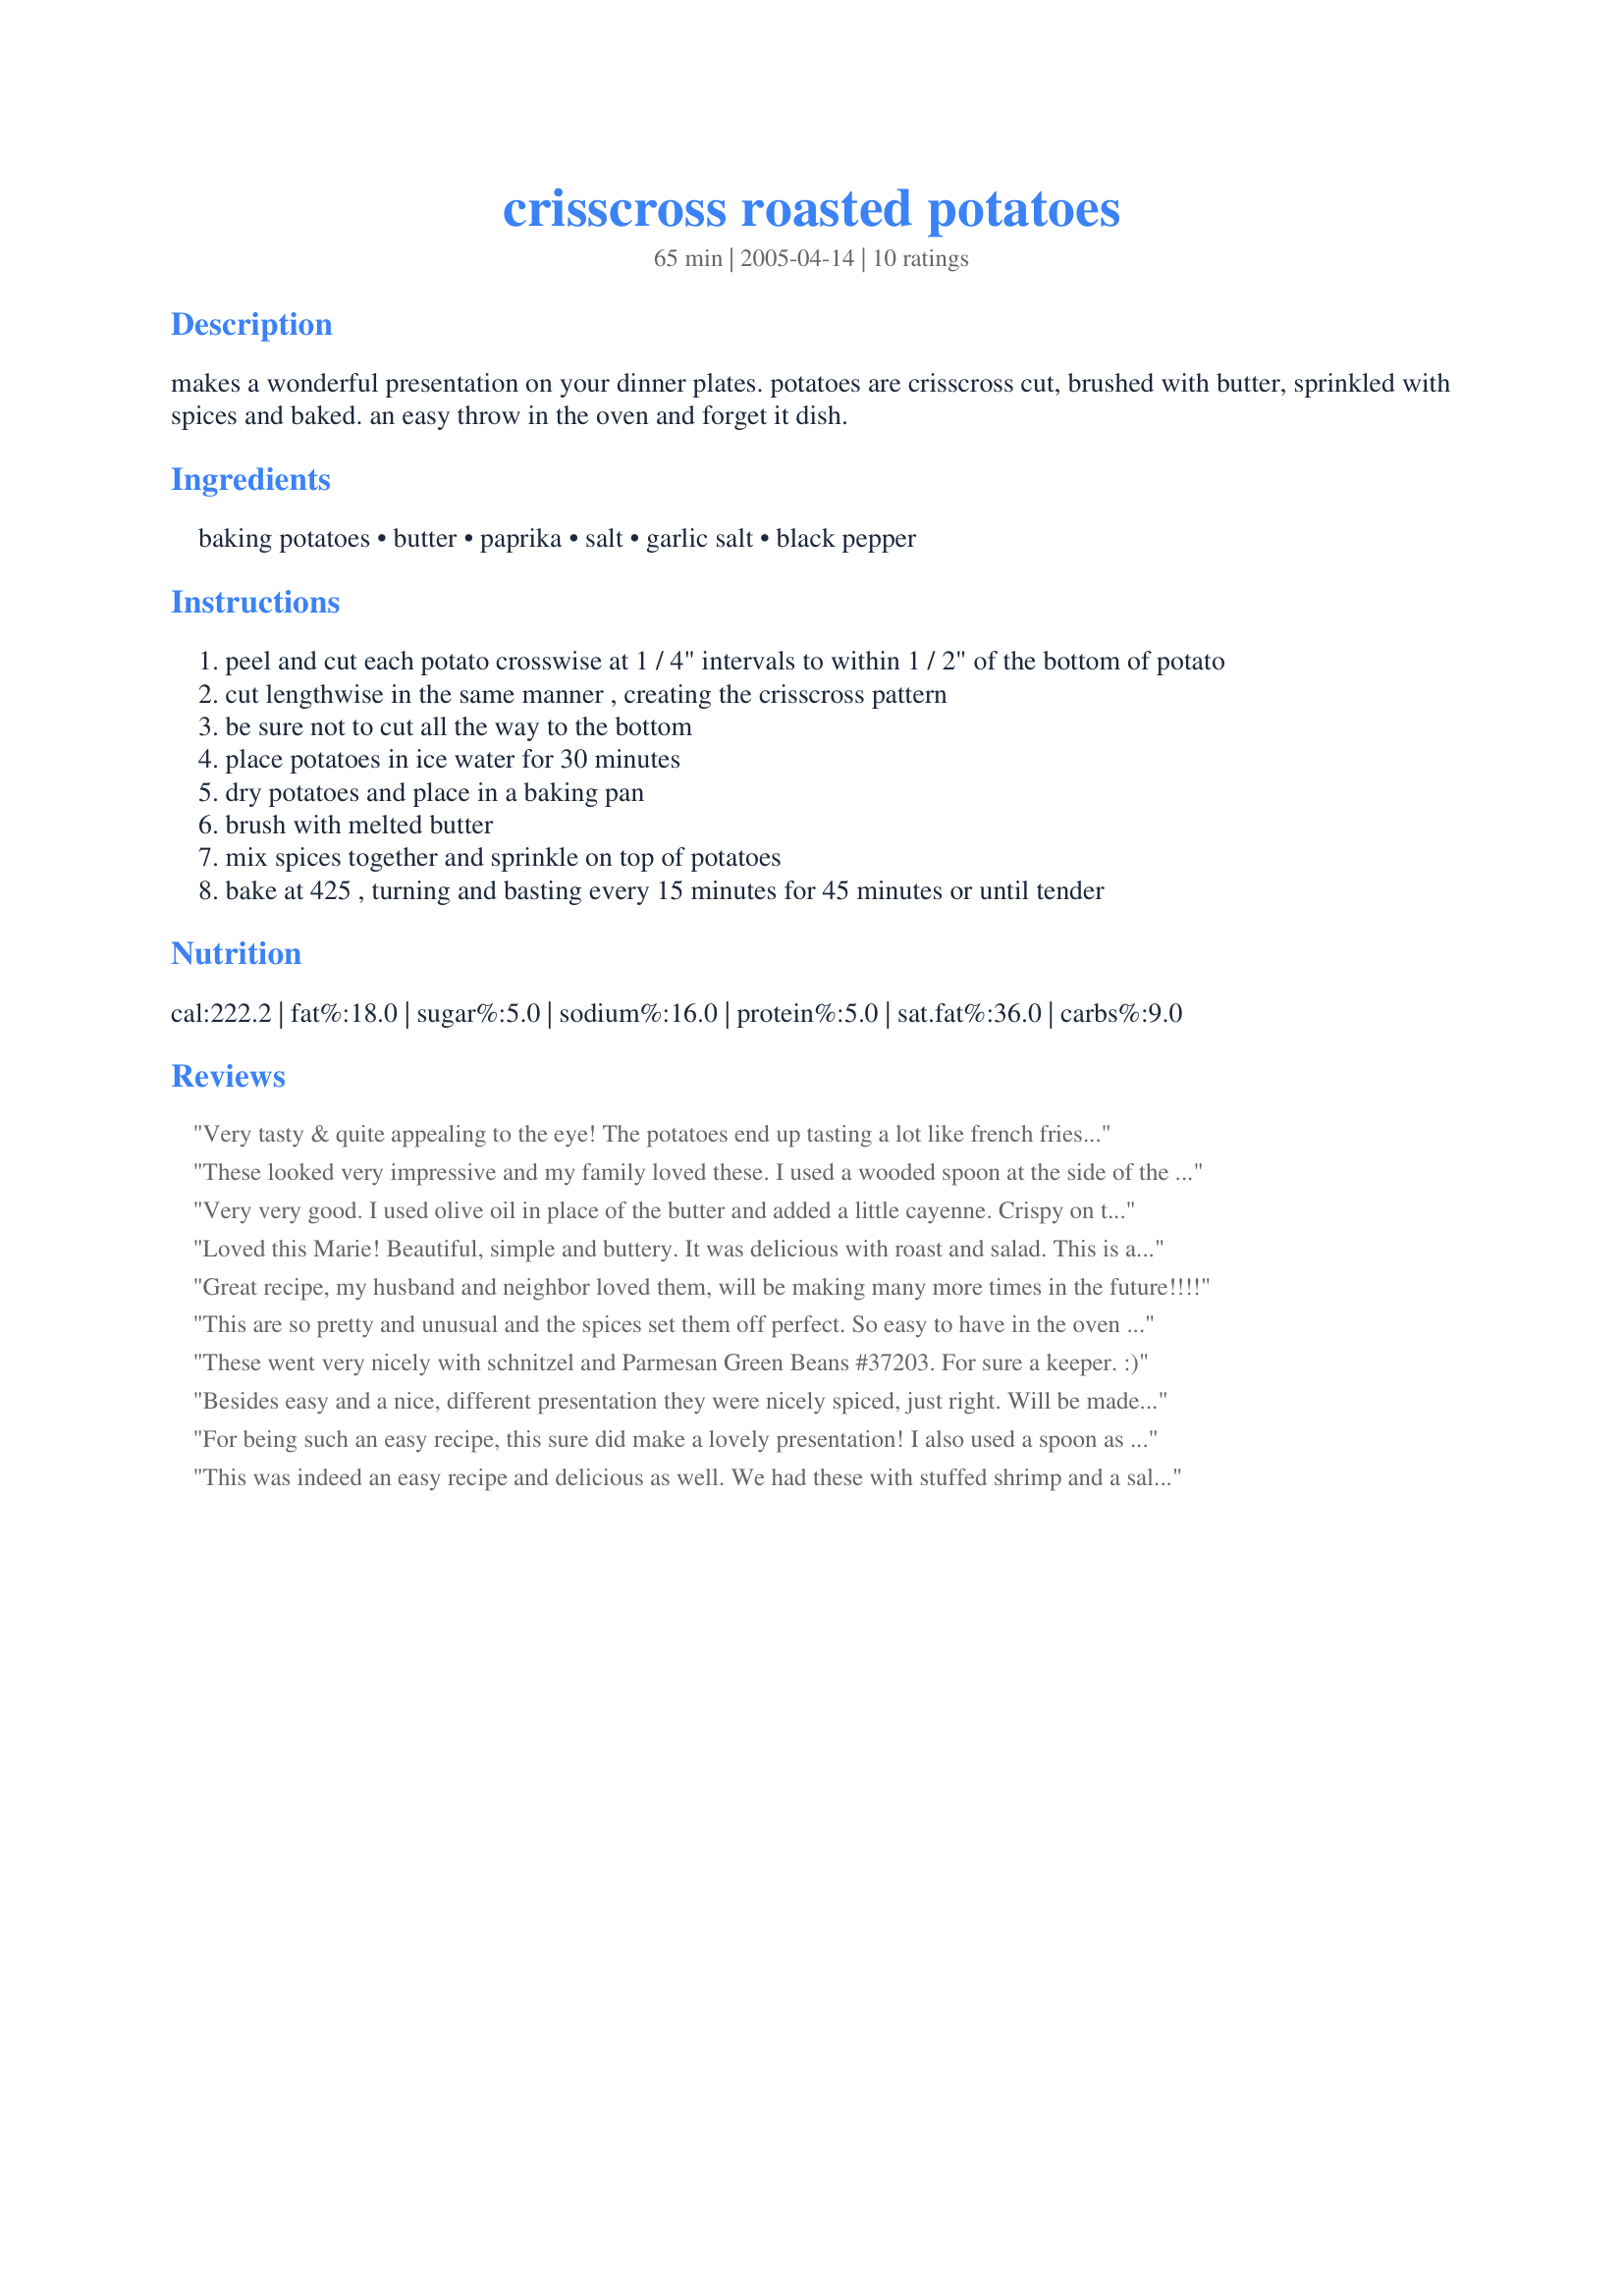
crisscross roasted potatoes
Preparation time: 65 minutes

makes a wonderful presentation on your dinner plates. potatoes are crisscross cut, brushed with butter, sprinkled with spices and baked. an easy throw in the oven and forget it dish.

Ingredients:
baking potatoes, butter, paprika, salt, garlic salt, black pepper

Steps:
peel and cut each potato crosswise at 1 / 4" intervals to within 1 / 2" of the bottom of potato
cut lengthwise in the same manner , creating the crisscross pattern
be sure not to cut all the way to the bottom
place potatoes in ice water for 30 minutes
dry potatoes and place in a baking pan
brush with melted butter
mix spices together and sprinkle on top of potatoes
bake at 425 , turning and basting every 15 minutes for 45 minutes or until tender

Reviews:
Very tasty & quite appealing to the eye! The potatoes end up tasting a lot like french fries because the butter & seasonings get in between all the crisscrosses. I was a little worried because after about half an hour, the butter & seasonings got REALLY dark & I was afraid of a burnt taste. But, it didn't taste burnt in the slightest & I noticed that my potatoes looked a lot like the 2 photos posted to this recipe.
These looked very impressive and my family loved these. I used a wooded spoon at the side of the potato to make sure I did not cut the potato all the way through. They were easy to make. I did not have any butter so I substitiuted olive oil.I doubled the recipe and there was still none left. Thanks for the recipe.
Very very good. I used olive oil in place of the butter and added a little cayenne. Crispy on the outside, creamy on the inside. I will be making these for the next dinner party I attend.
Loved this Marie! Beautiful, simple and buttery. It was delicious with roast and salad. This is a kid pleaser. Thanks!
Great recipe, my husband and neighbor loved them, will be making many more times in the future!!!!
This are so pretty and unusual and the spices set them off perfect. So easy to have in the oven baking while I was working on the rest of dinner. DH and I both enjoyed these and the look was so impressive. The spices are right on. Thanks so much for posting.
These went very nicely with schnitzel and Parmesan Green Beans #37203. For sure a keeper. :)
Besides easy and a nice, different presentation they were nicely spiced, just right. Will be made again!
For being such an easy recipe, this sure did make a lovely presentation! I also used a spoon as another reviewer suggested to make sure I didn't cut all the way through. These were nicely seasoned and made a wonderful side dish for our steaks. Thanks for sharing!
This was indeed an easy recipe and delicious as well. We had these with stuffed shrimp and a salad and it was a perfect meal. Excellent directions, everything went exactly as written....as you can see from the picture I've posted, I went a little further than 1/2 inch when making my first cuts. Oh well, you can see the inside a bit that way :) Thanks for the great recipe Marie, your stuff is amongst the best on Zaar, IMHO.
